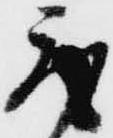
取